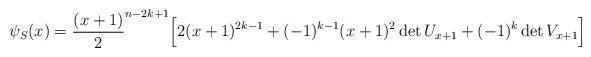
LaTeX: \begin{align*} \psi_S(x)= \frac{(x+1)}{2}^{n-2k+1} \Big[2(x+1)^{2k-1}+(-1)^{k-1}(x+1)^2\det U_{x+1}+(-1)^k\det V_{x+1}\Big]\end{align*}